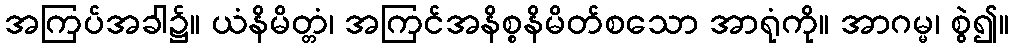
အကြပ်အခါ၌။ ယံနိမိတ္တံ၊ အကြင်အနိစ္စနိမိတ်စသော အာရုံကို။ အာဂမ္မ၊ စွဲ၍။